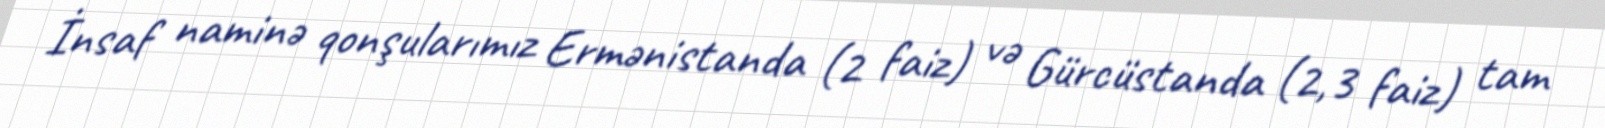
İnsaf naminə qonşularımız Ermənistanda (2 faiz) və Gürcüstanda (2,3 faiz) tam